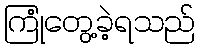
ကြုံတွေ့ခဲ့ရသည်